Report of an investigation into the causes of malaria in Bombay and the measures necessary for its control
Disease focus: Malaria
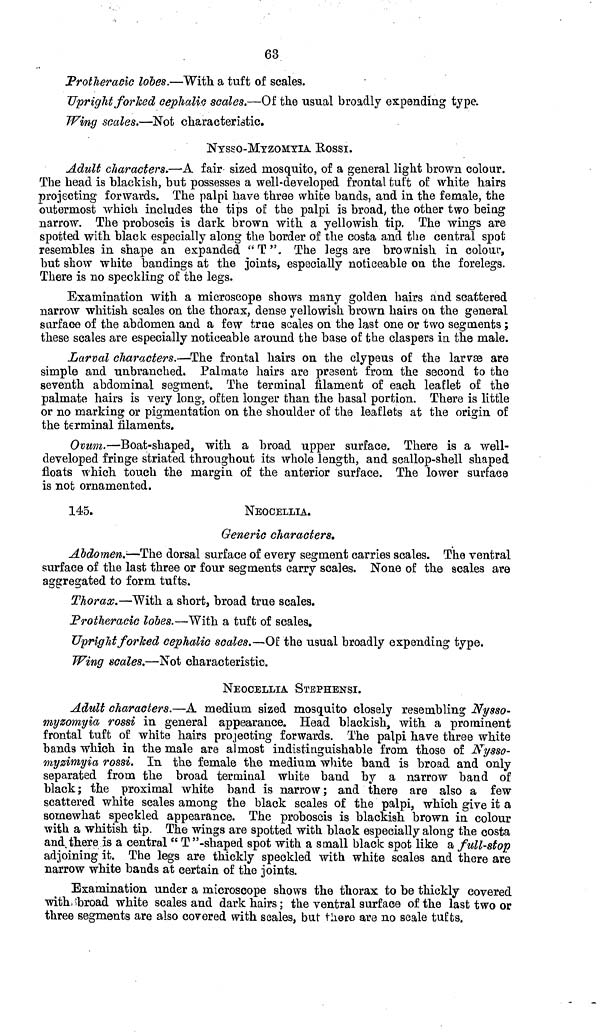
63
Protheracic lobes.—With a tuft of scales.
Upright forked cephalic scales.—Of the usual broadly expending type.
Wing scales.—Not characteristic.
NYSSO-MYZOMYIA ROSSI.
Adult characters.—A fair sized mosquito, of a general light brown colour.
The head is blackish, but possesses a well-developed frontal tuft of white hairs
projecting forwards. The palpi have three white bands, and in the female, the
outermost which includes the tips of the palpi is broad, the other two being
narrow. The proboscis is dark brown with a yellowish tip. The wings are
spotted with black especially along the border of the costa and the central spot
resembles in shape an expanded "T". The legs are brownish in colour,
but show white bandings at the joints, especially noticeable on the forelegs.
There is no speckling of the legs.
Examination with a microscope shows many golden hairs and scattered
narrow whitish scales on the thorax, dense yellowish brown hairs on the general
surface of the abdomen and a few true scales on the last one or two segments ;
these scales are especially noticeable around the base of the claspers in the male.
Larval characters.—The frontal hairs on the clypeus of the larvæare
simple and unbranched. Palmate hairs are present from the second to the
seventh abdominal segment. The terminal filament of each leaflet of the
palmate hairs is very long, often longer than the basal portion. There is little
or no marking or pigmentation on the shoulder of the leaflets at the origin of
the terminal filaments.
Ovum.—Boat-shaped, with a broad upper surface. There is a well-
developed fringe striated throughout its whole length, and scallop-shell shaped
floats which touch the margin of the anterior surface. The lower surface
is not ornamented.
145.
NEOCELLIA.
Generic characters.
Abdomen.-—The dorsal surface of every segment carries scales. The ventral
surface of the last three or four segments carry scales. None of the scales are
aggregated to form tufts.
Thorax.—With a short, broad true scales.
Protheracic lobes.—With a tuft of scales.
Upright forked cephalic scales.—Of the usual broadly expending type.
Wing scales.—Not characteristic.
NEOCELLIA STEPHENSI.
Adult characters.—A medium sized mosquito closely resembling Nysso-
myzomyia rossi in general appearance. Head blackish, with a prominent
frontal tuft of white hairs projecting forwards. The palpi have three white
bands which in the male are almost indistinguishable from those of Nysso-
myzimyia rossi. In the female the medium white band is broad and only
separated from the broad terminal white band by a narrow band of
black; the proximal white band is narrow; and there are also a few
scattered white scales among the black scales of the palpi, which give it a
somewhat speckled appearance. The proboscis is blackish brown in colour
with a whitish tip. The wings are spotted with black especially along the costa
and there is a central "T"-shaped spot with a small black spot like a full-stop
adjoining it. The legs are thickly speckled with white scales and there are
narrow white bands at certain of the joints.
Examination under a microscope shows the thorax to be thickly covered
with broad white scales and dark hairs; the ventral surface of the last two or
three segments are also covered with scales, but there are no scale tufts.